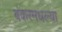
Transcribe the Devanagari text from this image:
बंकरमधल्या